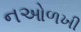
નઓળખી